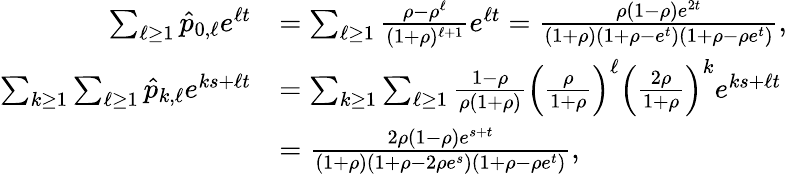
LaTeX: \begin{array}{rl}{\sum_{\ell\ge 1}\hat{p}_{0,\ell}e^{\ell t}}&{=\sum_{\ell\ge 1}\frac{\rho-\rho^{\ell}}{(1+\rho)^{\ell+1}}e^{\ell t}=\frac{\rho(1-\rho)e^{2t}}{(1+\rho)(1+\rho-e^{t})(1+\rho-\rho e^{t})},}\\ {\sum_{k\ge 1}\sum_{\ell\ge 1}\hat{p}_{k,\ell}e^{ks+\ell t}}&{=\sum_{k\ge 1}\sum_{\ell\ge 1}\frac{1-\rho}{\rho(1+\rho)}\Big(\frac{\rho}{1+\rho}\Big)^{\ell}\Big(\frac{2\rho}{1+\rho}\Big)^{k}e^{ks+\ell t}}\\ &{=\frac{2\rho(1-\rho)e^{s+t}}{(1+\rho)(1+\rho-2\rho e^{s})(1+\rho-\rho e^{t})},}\end{array}